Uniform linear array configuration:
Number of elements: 4
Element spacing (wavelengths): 0.25
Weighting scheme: cosine
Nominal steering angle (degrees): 0
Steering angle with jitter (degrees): -1.289
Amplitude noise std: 0.05
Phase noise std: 0.05

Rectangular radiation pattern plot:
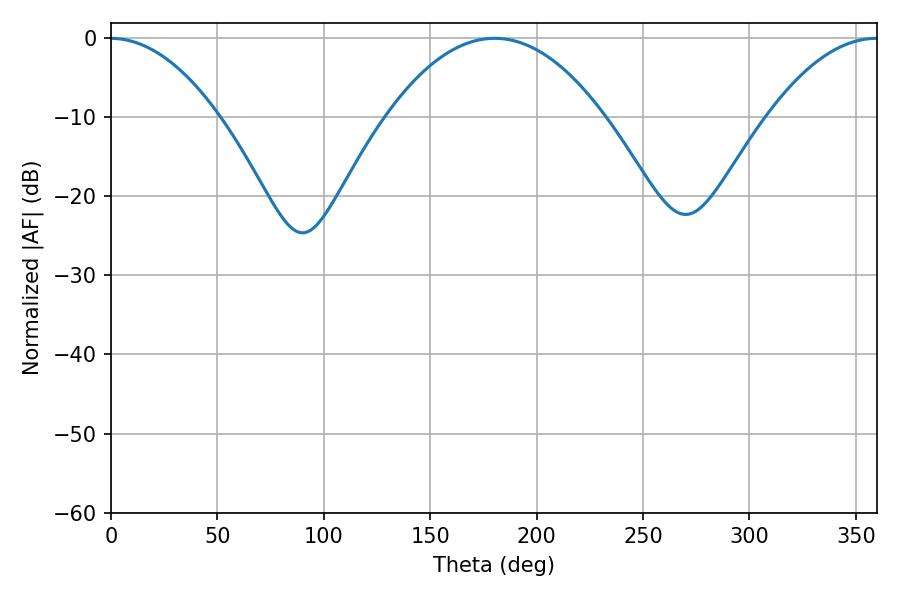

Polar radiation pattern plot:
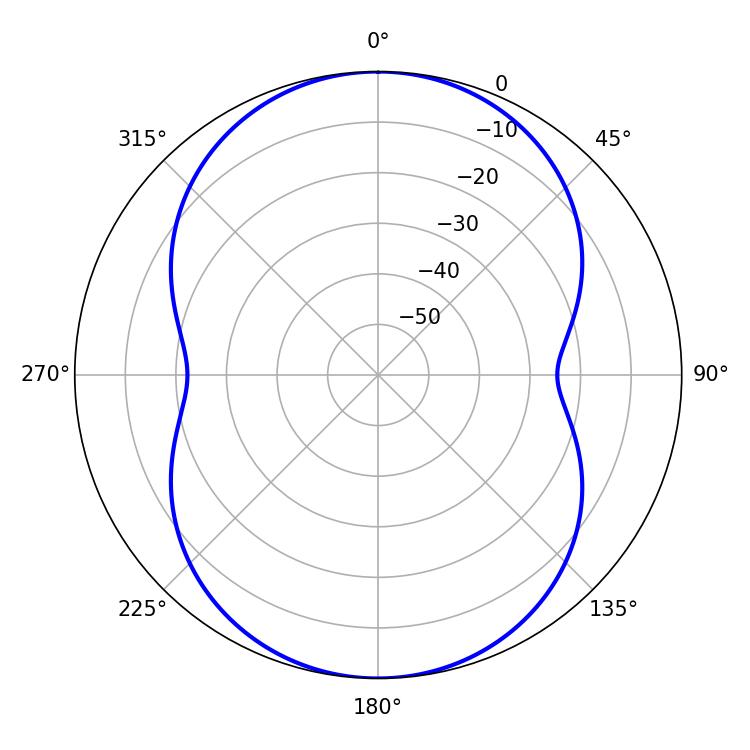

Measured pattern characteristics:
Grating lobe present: FALSE
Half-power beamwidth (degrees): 56.52
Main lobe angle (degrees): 180.18